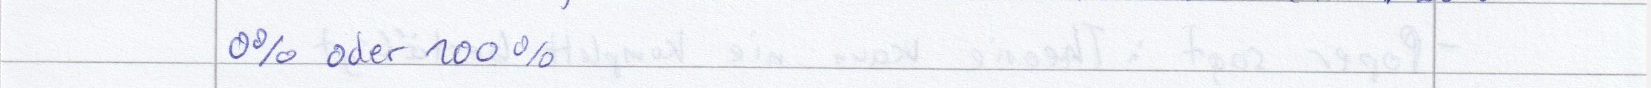
0% oder 100%